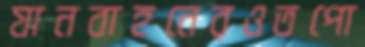
যানবাহনেরওতপো